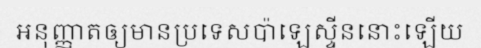
អនុញ្ញាតឲ្យមានប្រទេសប៉ាឡេស្ទីននោះឡើយ